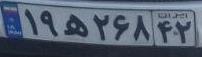
۱۹ه۲۶۸۴۲